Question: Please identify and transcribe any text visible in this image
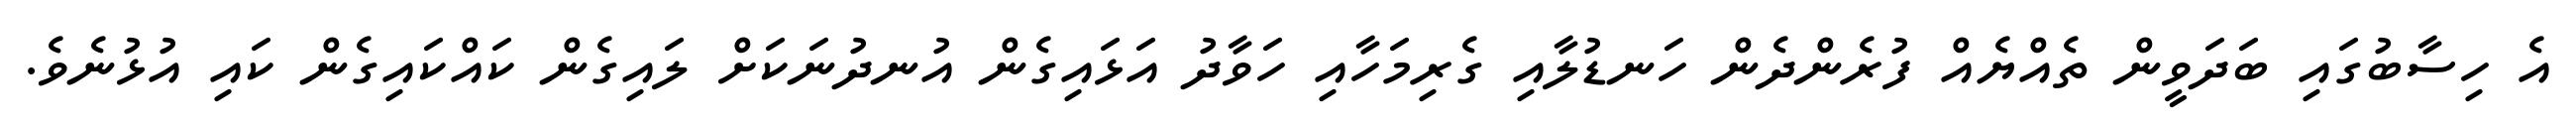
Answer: އެ ހިސާބުގައި ބަދަވީން ތެއްޔެއް ފުރެންދެން ހަނޑުލާއި ގެރިމަހާއި ހަވާދު އަޅައިގެން އުނދުނަކަށް ލައިގެން ކައްކައިގެން ކައި އުޅުނެވެ.